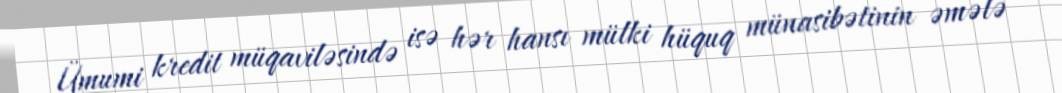
Ümumi kredit müqaviləsində isə hər hansı mülki hüquq münasibətinin əmələ